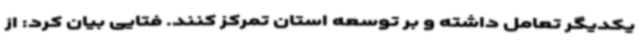
یکدیگر تعامل داشته و بر توسعه استان تمرکز کنند. فتایی بیان کرد: از